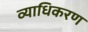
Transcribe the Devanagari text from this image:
व्याधिकरण